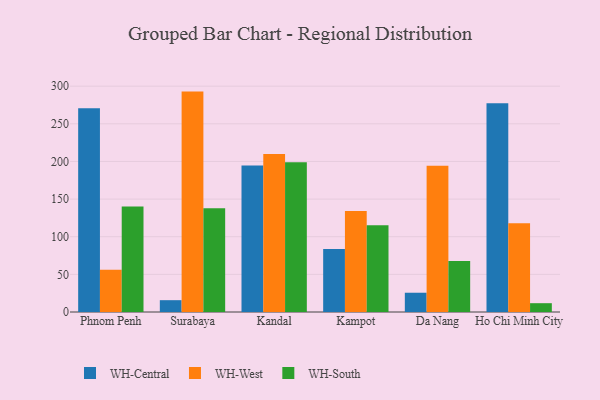
{"axis": {"x": "City", "y": "Bounce Rate (%)"}, "legend": ["WH-Central", "WH-South", "WH-West"], "data": [{"x": "Phnom Penh", "y": 270.6, "type": "WH-Central"}, {"x": "Phnom Penh", "y": 56.1, "type": "WH-West"}, {"x": "Phnom Penh", "y": 140.0, "type": "WH-South"}, {"x": "Surabaya", "y": 15.7, "type": "WH-Central"}, {"x": "Surabaya", "y": 292.8, "type": "WH-West"}, {"x": "Surabaya", "y": 137.9, "type": "WH-South"}, {"x": "Kandal", "y": 194.6, "type": "WH-Central"}, {"x": "Kandal", "y": 210.0, "type": "WH-West"}, {"x": "Kandal", "y": 198.9, "type": "WH-South"}, {"x": "Kampot", "y": 83.7, "type": "WH-Central"}, {"x": "Kampot", "y": 134.2, "type": "WH-West"}, {"x": "Kampot", "y": 115.1, "type": "WH-South"}, {"x": "Da Nang", "y": 25.6, "type": "WH-Central"}, {"x": "Da Nang", "y": 194.2, "type": "WH-West"}, {"x": "Da Nang", "y": 67.8, "type": "WH-South"}, {"x": "Ho Chi Minh City", "y": 277.4, "type": "WH-Central"}, {"x": "Ho Chi Minh City", "y": 118.0, "type": "WH-West"}, {"x": "Ho Chi Minh City", "y": 11.7, "type": "WH-South"}]}